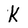
Character: k